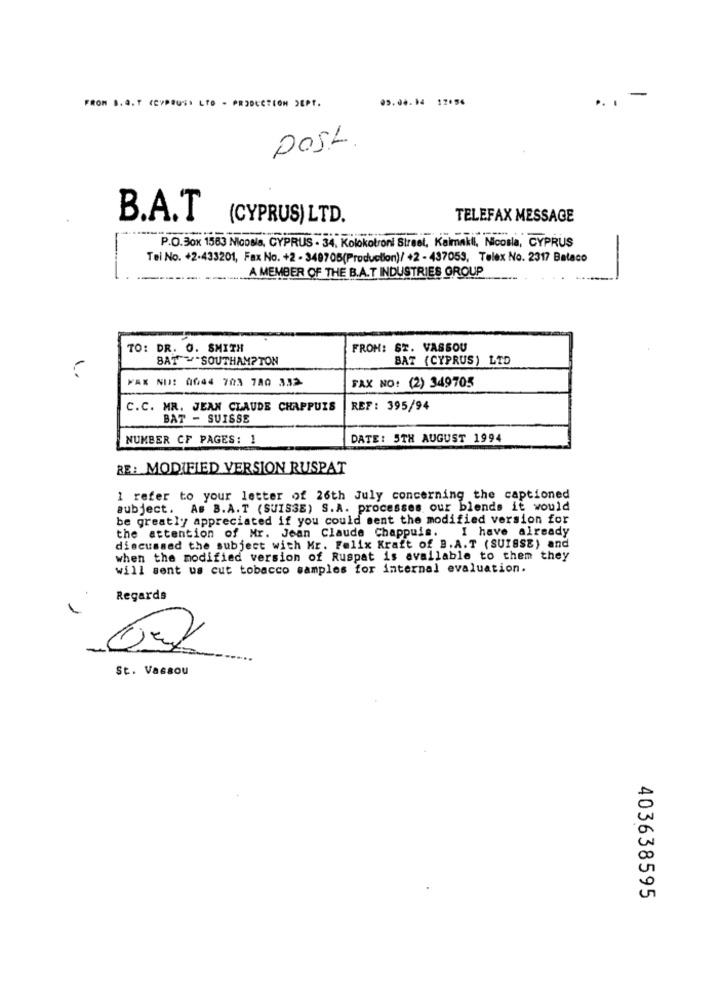
05.04.14 17:56
-
FROM S. A. T (CYPRUS) LTD - PRODUCTION DEPT.
Post
B.A.T
(CYPRUS) LTD.
TELEFAX MESSAGE
P.O.Box 1583 Nicosia, CYPRUS - 34. Kolokotroni Street, Kalmakli, Nicosia, CYPRUS
Tel No. +2-433201, Fax No. +2 - 348705(Production)/ +2 - 437053, Telex No. 2317 Balaco
A MEMBER OF THE B.A.T INDUSTRIES GROUP
TO: DR. O. SMITH
FROM: ST. VASSOU
BAT "SOUTHAMPTON
BAT (CYPRUS) LTD
MAX NU: 0044 703 780 332
FAX NO: (2) 349705
C.C. MR. JEAN CLAUDE CHAPPUIS
REF: 395/94
BAT - SUISSE
NUMBER OF PAGES: 1
DATE: 5TH AUGUST 1994
RE: MODIFIED VERSION RUSPAT
1 refer to your letter of 26th July concerning the captioned
subject. As B.A.T (SUISSE) S.A. processes our blends it would
be greatly appreciated if you could sent the modified version for
the attention of Mr. Jean Claude Chappuis. I have already
discussed the subject with Mr. Felix Kraft of B.A.T (SUISSE) and
when the modified version of Ruspat is available to them they
will sent us cut tobacco samples for internal evaluation.
Regards
St. Vassou
403638595